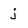
Character: j